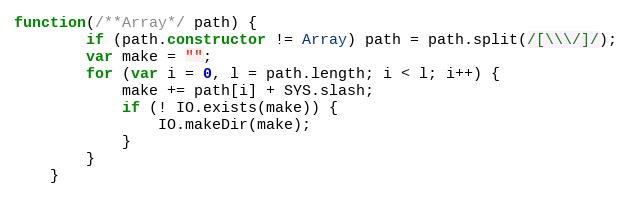
Language: JavaScript
function(/**Array*/ path) {
		if (path.constructor != Array) path = path.split(/[\\\/]/);
		var make = "";
		for (var i = 0, l = path.length; i < l; i++) {
			make += path[i] + SYS.slash;
			if (! IO.exists(make)) {
				IO.makeDir(make);
			}
		}
	}